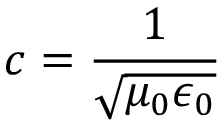
c = \frac { 1 } { \sqrt { \mu _ { 0 } \epsilon _ { 0 } } }